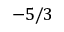
- 5 / 3